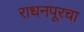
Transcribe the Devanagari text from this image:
राधनपूरचा